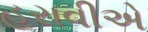
હરાવીએ